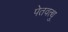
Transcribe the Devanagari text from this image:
पेतवत्थु